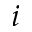
i